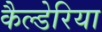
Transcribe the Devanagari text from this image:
कैल्डेरिया